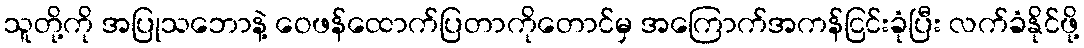
သူတို့ကို အပြုသဘောနဲ့ ဝေဖန်ထောက်ပြတာကိုတောင်မှ အကြောက်အကန်ငြင်းခုံပြီး လက်ခံနိုင်ဖို့